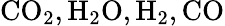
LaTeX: \mathrm{CO_{2}},\mathrm{H_{2}O},\mathrm{H_{2}},\mathrm{CO}